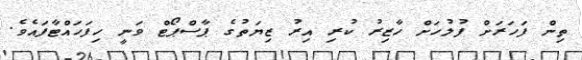
ތިން ފަހަރަށް ފުލުހަށް ހާޒިރު ކުރި އިރު ޒިޔަތުގެ ޕާސްޕޯޓް ވަނީ ހިފަހައްޓާފައެވެ.